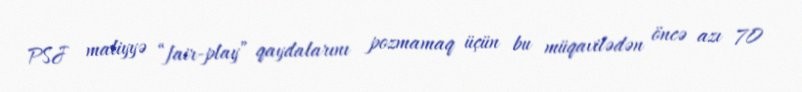
PSJ maliyyə “fair-play” qaydalarını pozmamaq üçün bu müqavilədən öncə azı 70